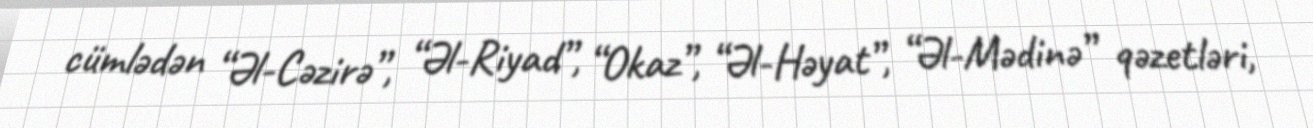
cümlədən “Əl-Cəzirə”, “Əl-Riyad”, “Okaz”, “Əl-Həyat”, “Əl-Mədinə” qəzetləri,